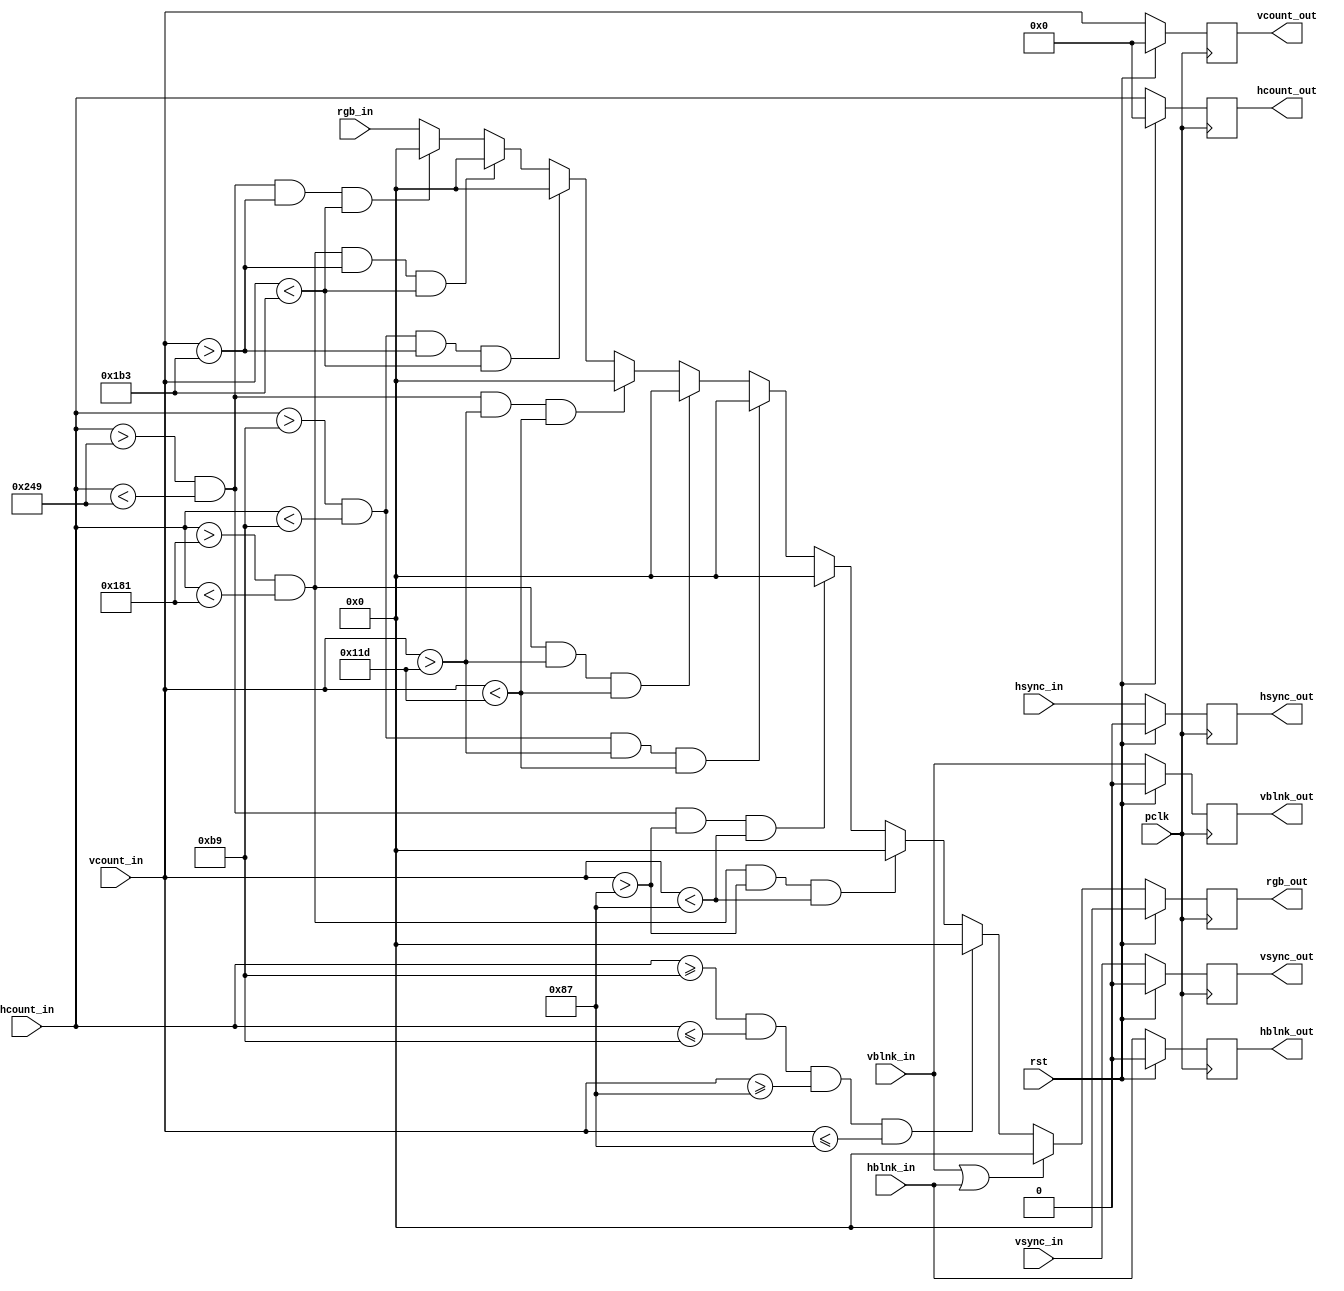
`timescale 1ns / 1ps
//////////////////////////////////////////////////////////////////////////////////
// Company: 
// Engineer: 
// 
// Design Name: 
// Module Name: draw_holes
// Project Name: 
// Target Devices: 
// Tool Versions: 
// Description: 
// 
// Dependencies: 
// 
// Revision:
// Revision 0.01 - File Created
// Additional Comments:
// 
//////////////////////////////////////////////////////////////////////////////////


module draw_holes
  # ( parameter
         HOLE_CLR = 12'h000,
         HOLE_SIZE = 0,
         HOLE_1_Y = 135,
         HOLE_1_X = 185,
        
         HOLE_2_Y = 285,
         HOLE_2_X = 385,
        
         HOLE_3_Y = 435,
         HOLE_3_X = 585
      )
      (
    input wire [11:0] rgb_in,
    input wire [10:0] vcount_in,
    input wire vsync_in,
    input wire vblnk_in,
    input wire [10:0] hcount_in,
    input wire hsync_in,
    input wire hblnk_in,
    input wire pclk,
    input wire rst,
    
    output reg [10:0] hcount_out,
    output reg hsync_out,
    output reg hblnk_out,
    output reg [10:0] vcount_out,
    output reg vsync_out,
    output reg vblnk_out,  
    output reg [11:0] rgb_out
    );
    

reg [11:0] rgb_nxt;


always @(posedge pclk) begin
       if(rst) 
          begin 
             hcount_out <= 11'b0;
             hsync_out <= 1'b0;
             hblnk_out <=  1'b0; 
             vcount_out <=  11'b0;
             vsync_out <= 1'b0;
             vblnk_out <= 1'b0;
             rgb_out <=  11'b0;
          end
        else
          begin
            hcount_out <= hcount_in;
            hsync_out <= hsync_in;
            hblnk_out <=  hblnk_in; 
            vcount_out <=  vcount_in;
            vsync_out <= vsync_in;
            vblnk_out <= vblnk_in;
            rgb_out <=  rgb_nxt;
         end
        end
    
always @*
      begin
        // During blanking, make it it black.
        if (vblnk_in || hblnk_in) rgb_nxt <= 12'h0_0_0; 
        else
         begin
                 
                 if (hcount_in >= HOLE_1_X && hcount_in <= HOLE_1_X + HOLE_SIZE && vcount_in >= HOLE_1_Y && vcount_in <= HOLE_1_Y + HOLE_SIZE) rgb_nxt <= HOLE_CLR;
                 
                 else if (hcount_in > HOLE_2_X && hcount_in < HOLE_2_X + HOLE_SIZE && vcount_in > HOLE_1_Y && vcount_in < HOLE_1_Y + HOLE_SIZE) rgb_nxt <= HOLE_CLR;
                 
                 else if (hcount_in > HOLE_3_X && hcount_in < HOLE_3_X + HOLE_SIZE && vcount_in > HOLE_1_Y && vcount_in < HOLE_1_Y + HOLE_SIZE) rgb_nxt <= HOLE_CLR;
                 
                 else if (hcount_in > HOLE_1_X && hcount_in < HOLE_1_X + HOLE_SIZE && vcount_in > HOLE_2_Y && vcount_in < HOLE_2_Y + HOLE_SIZE) rgb_nxt <= HOLE_CLR;
                 
                 else if (hcount_in > HOLE_2_X && hcount_in < HOLE_2_X + HOLE_SIZE && vcount_in > HOLE_2_Y && vcount_in < HOLE_2_Y + HOLE_SIZE) rgb_nxt <= HOLE_CLR;
                 
                 else if (hcount_in > HOLE_3_X && hcount_in < HOLE_3_X + HOLE_SIZE && vcount_in > HOLE_2_Y && vcount_in < HOLE_2_Y + HOLE_SIZE) rgb_nxt <= HOLE_CLR;
                 
                 else if (hcount_in > HOLE_1_X && hcount_in < HOLE_1_X + HOLE_SIZE && vcount_in > HOLE_3_Y && vcount_in < HOLE_3_Y + HOLE_SIZE) rgb_nxt <= HOLE_CLR;
                 
                 else if (hcount_in > HOLE_2_X && hcount_in < HOLE_2_X + HOLE_SIZE && vcount_in > HOLE_3_Y && vcount_in < HOLE_3_Y + HOLE_SIZE) rgb_nxt <= HOLE_CLR;
                 
                 else if (hcount_in > HOLE_3_X && hcount_in < HOLE_3_X + HOLE_SIZE && vcount_in > HOLE_3_Y && vcount_in < HOLE_3_Y + HOLE_SIZE) rgb_nxt <= HOLE_CLR;
                 
                 
                 else rgb_nxt <= rgb_in;    
               end
             end
       endmodule